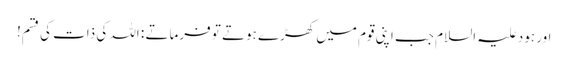
اور ہود علیہ السلام جب اپنی قوم میں کھڑے ہوتے تو فرماتے : اللہ کی ذات کی قسم!